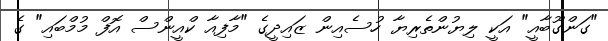
"ގަންގޫބާއީ" އަކީ ލިޔުންތެރިޔާ ހުސެއިން ޒައިދީގެ "މާފިއާ ކްއީންސް އޮފް މުމްބައި" ގެ